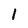
Character: 1